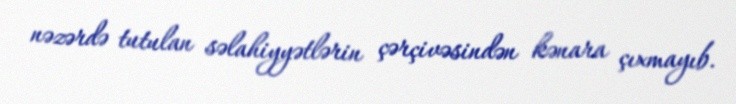
nəzərdə tutulan səlahiyyətlərin çərçivəsindən kənara çıxmayıb.